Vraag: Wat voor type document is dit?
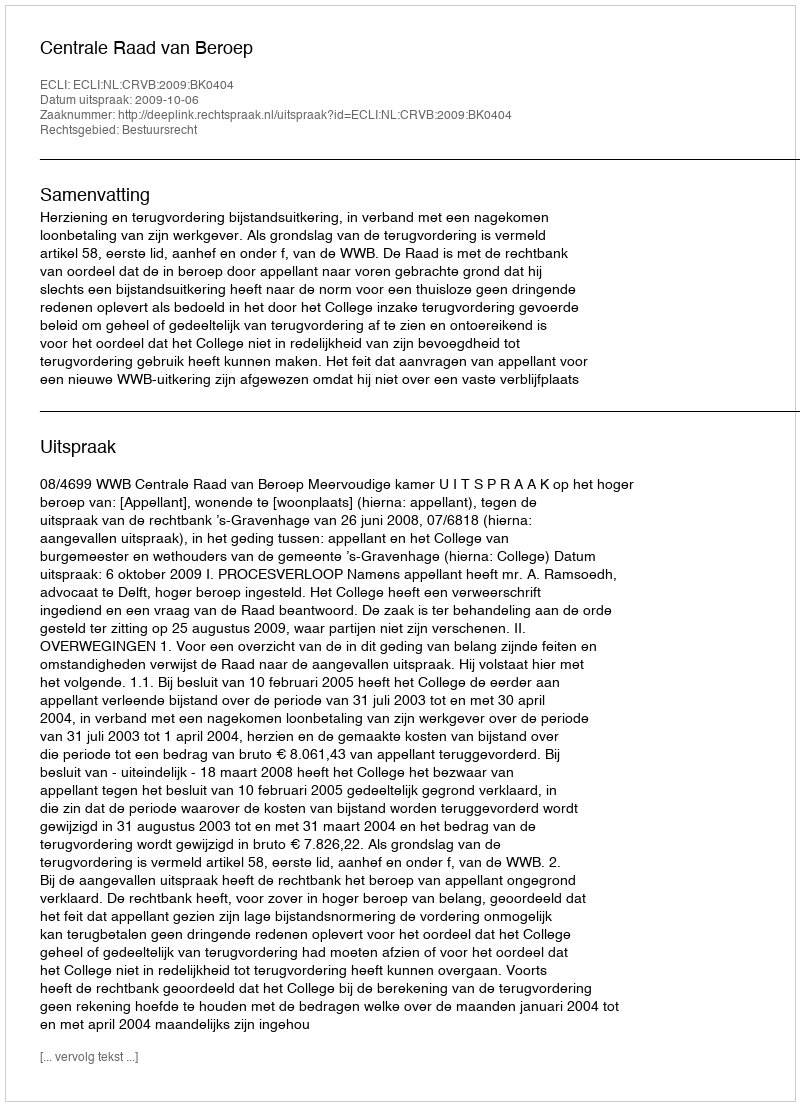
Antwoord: Uitspraak